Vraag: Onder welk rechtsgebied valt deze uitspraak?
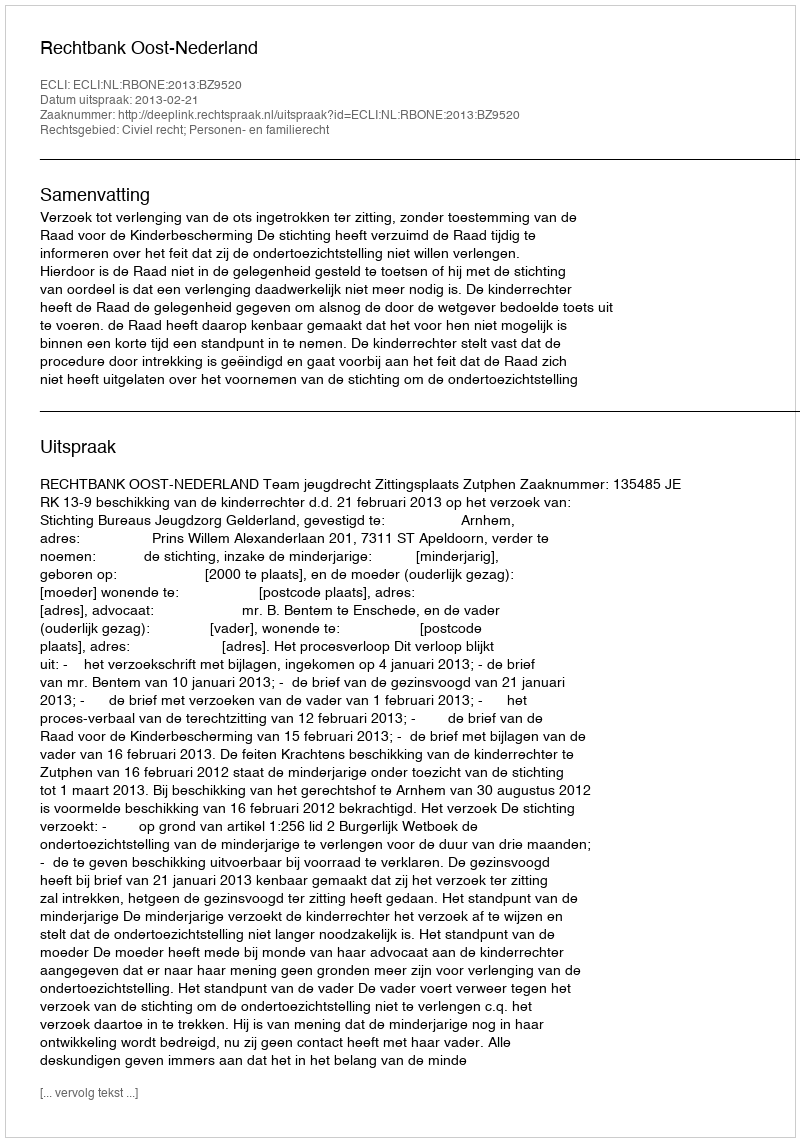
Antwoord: Civiel recht; Personen- en familierecht